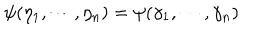
LaTeX: \psi ( \eta _ { 1 } , \cdots , \eta _ { n } ) = \psi ( \gamma _ { 1 } , \cdots , \gamma _ { n } )